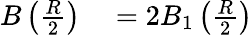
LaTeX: \begin{array}{rl}{B\left({\frac{R}{2}}\right)}&{{}=2B_{1}\left({\frac{R}{2}}\right)}\end{array}